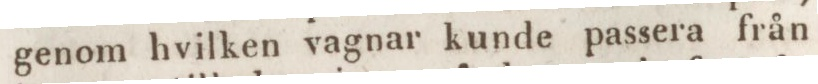
genom hvilken vagnar kunde passera från